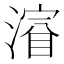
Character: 𣼂